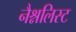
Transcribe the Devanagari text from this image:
नैश्नलिस्ट